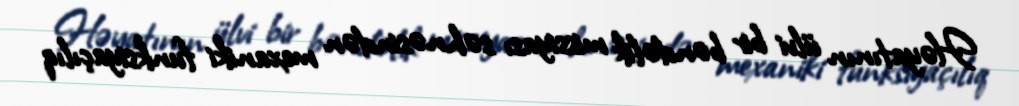
Həyatının ülvi bir bəndəlik missiyası səhnəsindən mexaniki funksiyaçılıq